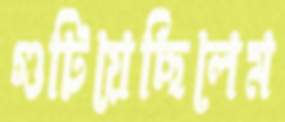
গুটিয়েছিলেম